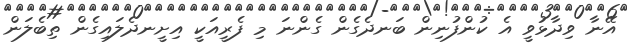
އޭނާ ވިދާޅުވީ އެ ކުންފުނިން ބަނދެގެން ގެންނަ މި ފެރީއަކީ އިށީނދެލައިގެން ތިބެލަން